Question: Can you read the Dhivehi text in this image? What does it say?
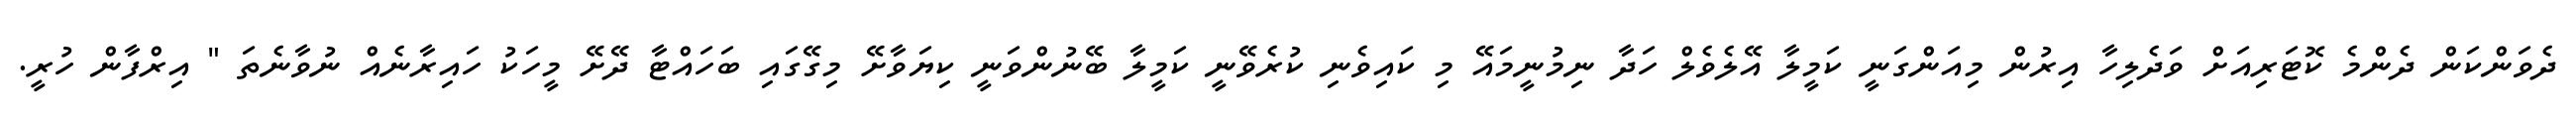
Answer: ދެވަންކަން ދެންމެ ކޮޓަރިއަށް ވަދެލިހާ އިރުން މިއަންގަނީ ކަމީލާ އޭލެވެލް ހަދާ ނިމުނީމައޭ މި ކައިވެނި ކުރެވޭނީ ކަމީލާ ބޭނުންވަނީ ކިޔަވާށޭ މިގޭގައި ބަހައްޓާ ދޭށޭ މީހަކު ހައިރާނެއް ނުވާނެތަ " އިރްފާން ހުރީ.